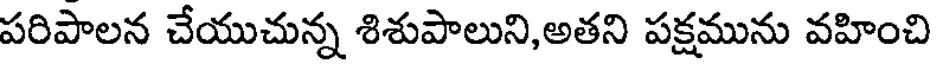
పరిపాలన చేయుచున్న శిశుపాలుని,అతని పక్షమును వహించి